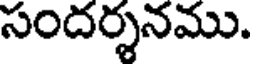
సందర్శనము.